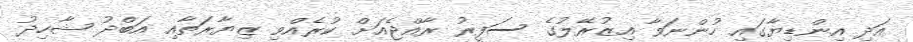
އަދި އިންޑިޔާގައި ހުންނަވާ އިޒުރޭލުގެ ސަފީރު ރާއްޖެއަށް ކުރެއްވި ޒިޔާރަތާއި އަބްދު ޝާހިދު